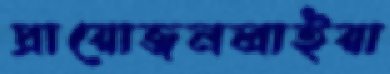
প্রায়োজনলাইয়া